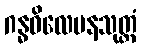
ဂန္ဓဝိလေပနသုတ္တံ